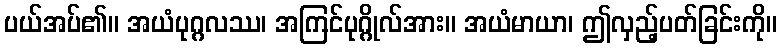
ပယ်အပ်၏။ အယံပုဂ္ဂလဿ၊ အကြင်ပုဂ္ဂိုလ်အား။ အယံမာယာ၊ ဤလှည့်ပတ်ခြင်းကို။